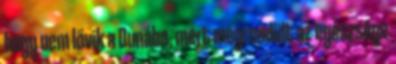
hogy nem lövik a Dunába, mert megrendült az egészsége